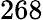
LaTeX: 268